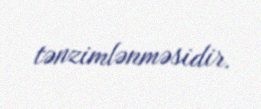
tənzimlənməsidir.